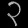
Digit: ၃